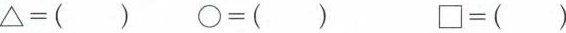
$$△ = ( )$$ $$\circ = ( )$$ $$\Box = ( )$$